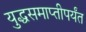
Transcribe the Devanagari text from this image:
युद्धसमाप्तीपर्यंत